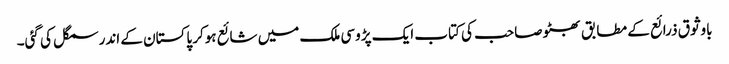
باوثوق ذرائع کے مطابق بھٹو صاحب کی کتاب ایک پڑوسی ملک میں شائع ہوکر پاکستان کے اندر سمگل کی گئی۔